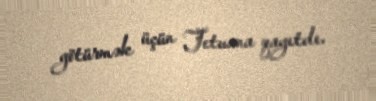
götürmək üçün Tetuana qayıtdı.